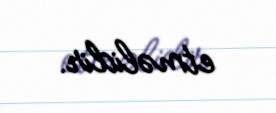
etməlidir.